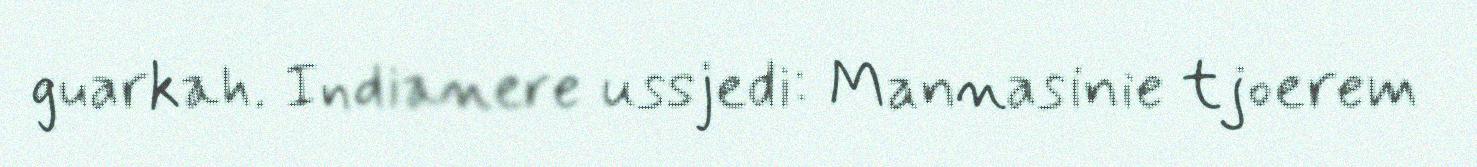
guarkah. Indianere ussjedi: Mannasinie tjoerem